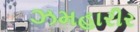
ઝમહારીર